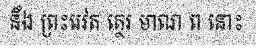
នឹង ព្រះរេវត ត្ថេរ មាណ ព នោះ